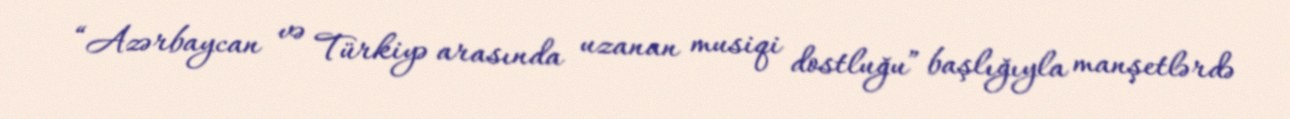
“Azərbaycan və Türkiyə arasında uzanan musiqi dostluğu” başlığıyla manşetlərdə